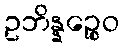
ဥဘိန္နဉ္စေဝ